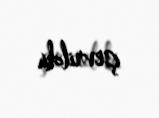
çevrildi.